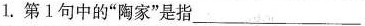
1.第1句中的”陶家”是指___